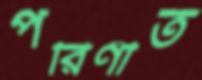
পরিণীত